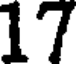
17